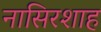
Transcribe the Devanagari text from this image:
नासिरशाह